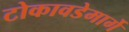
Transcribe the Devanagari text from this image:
टोकावडेमार्गे